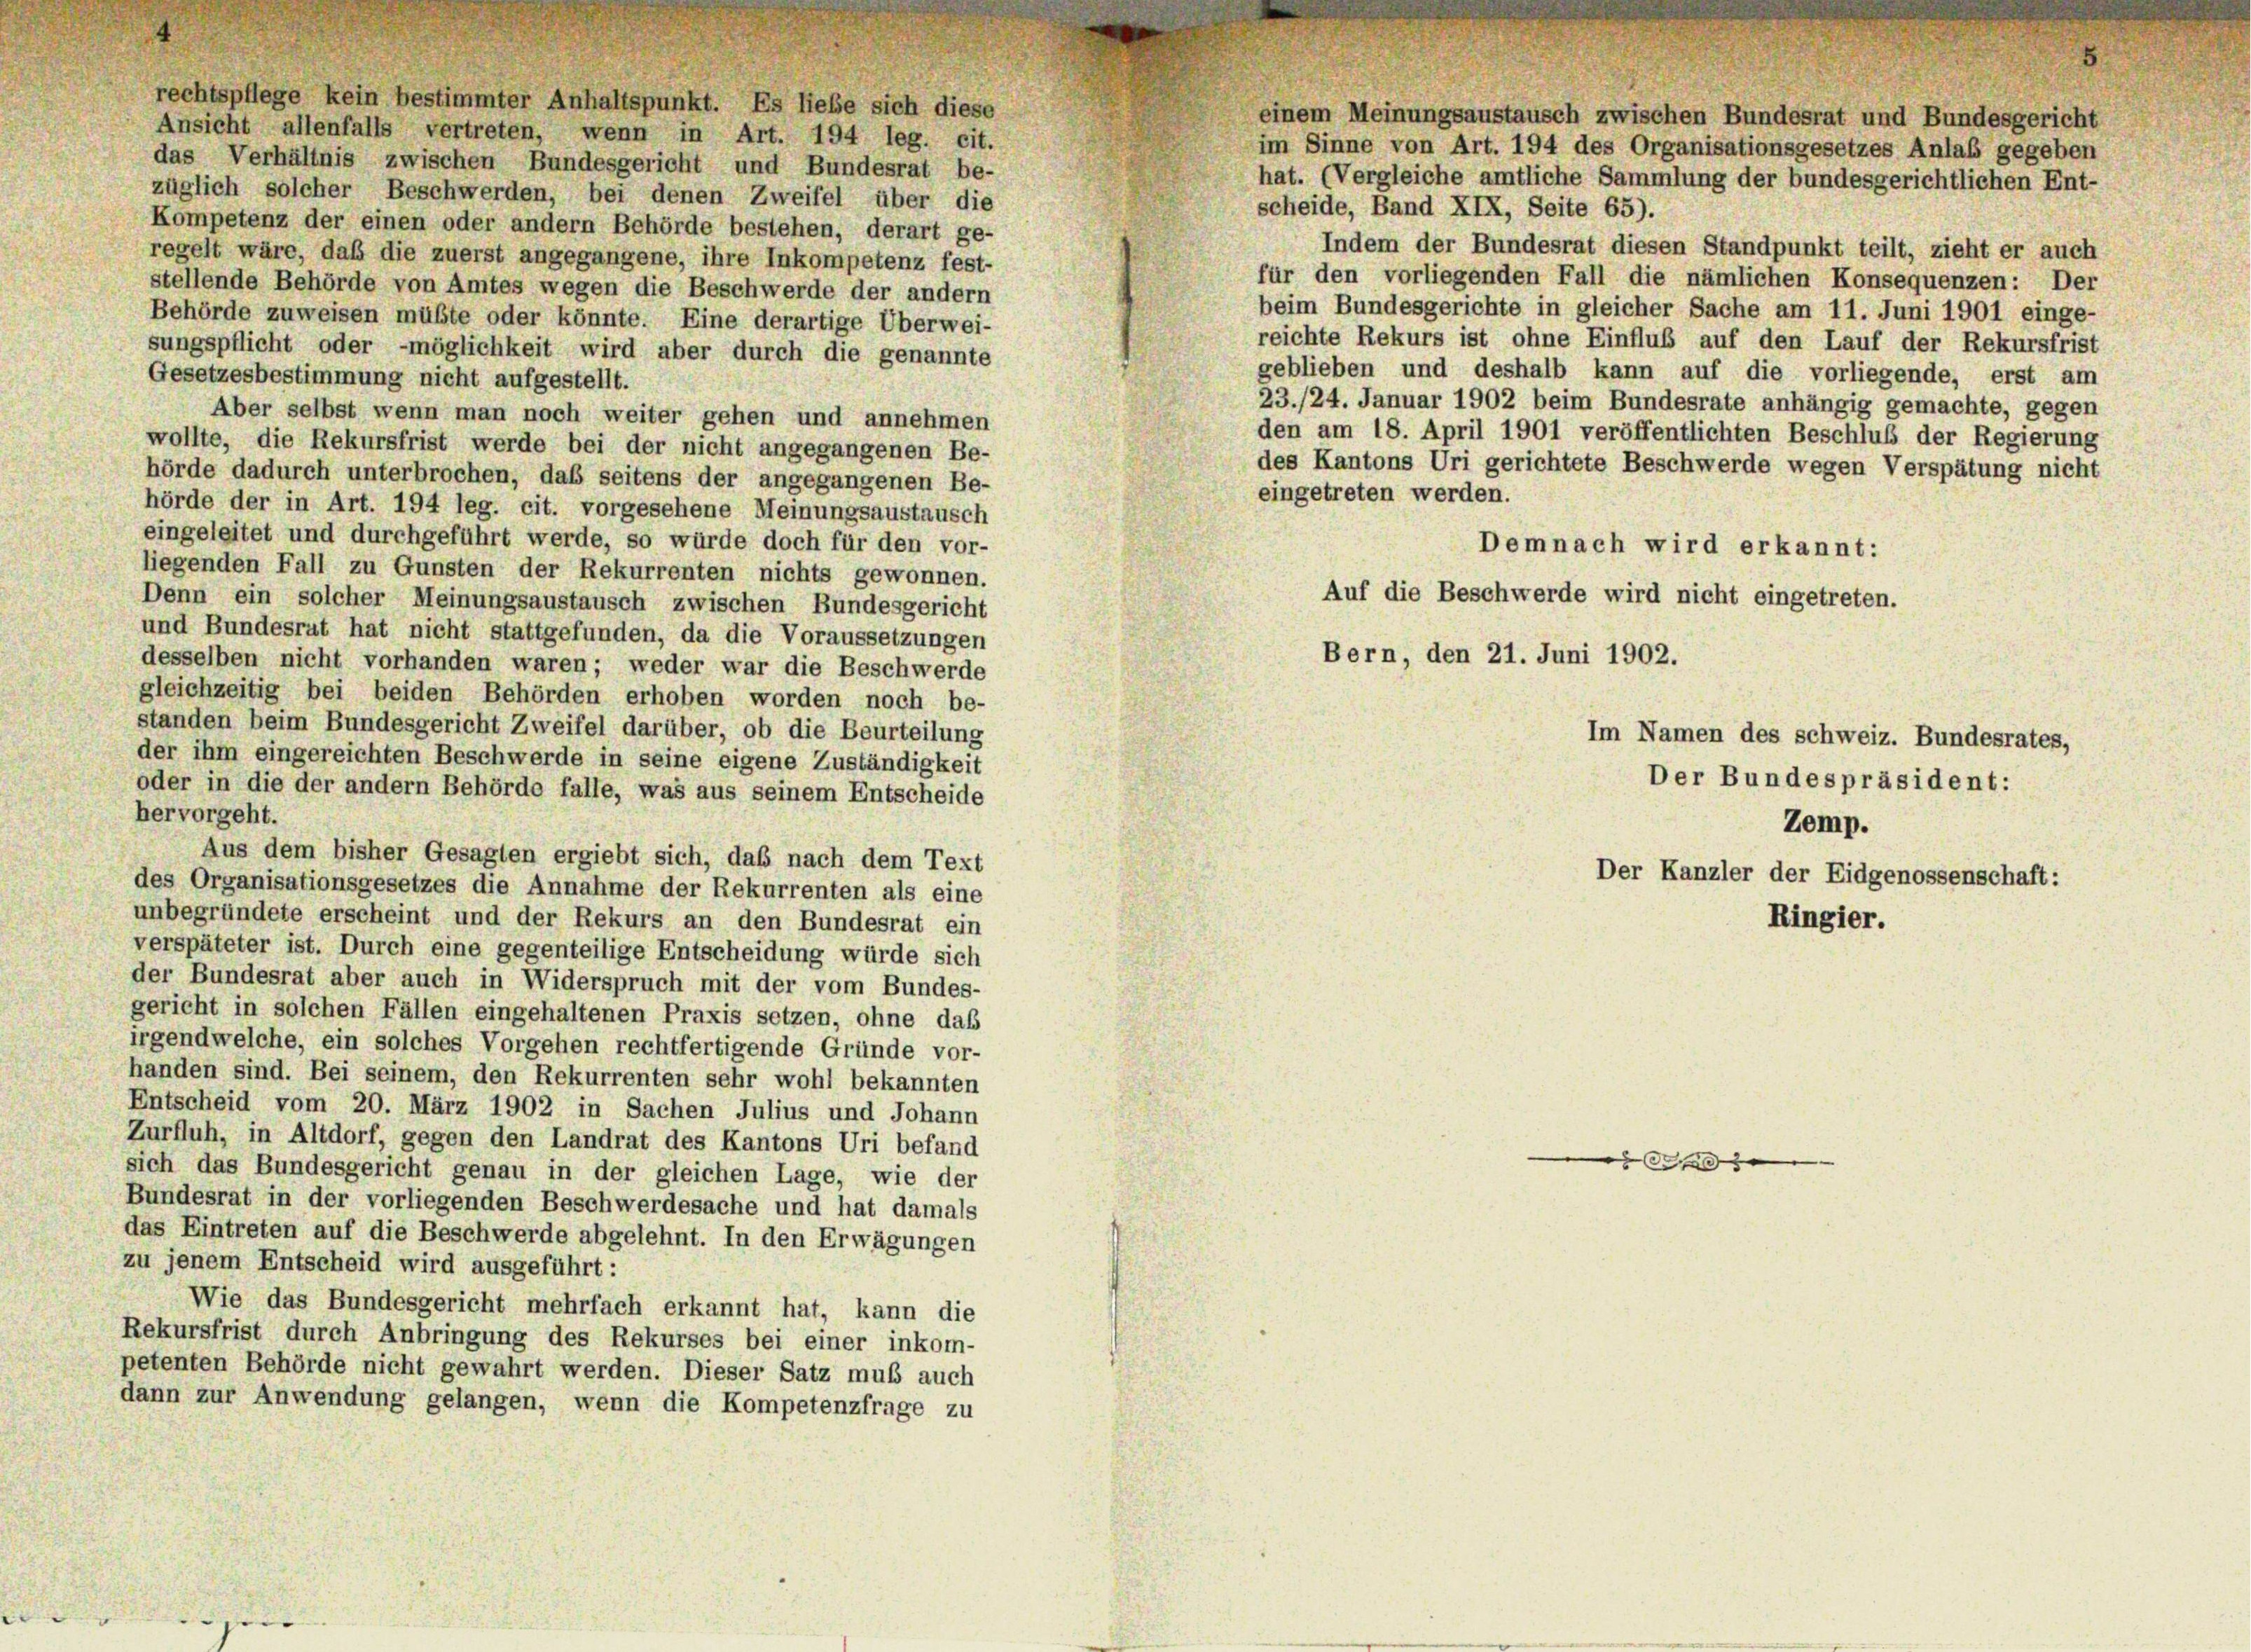
rechtspflege kein bestimmter Anhaltspunkt. Es liebe sich diese
Ansicht allenfalls vertreten, wenn in Art. 194 leg. cit.
das Verhältnis zwischen Bundesgericht und Bundesrat be-
züglich solcher Beschwerden, bei denen Zweifel über die
scheide, Band XIX, Seite 65).
Kompetenz der einen oder andern Behörde bestehen, derart ge-
Indem der Bundesrat diesen Standpunkt teilt, zieht er auch
regelt wäre, daß die zuerst angegangene, ihre Inkompetenz fest-
für den vorliegenden Fall die nämlichen Konsequenzen: Der
stellende Behörde von Amtes wegen die Beschwerde der andern
beim Bundesgerichte in gleicher Sache am 11. Juni 1901 einge-
Behörde zuweisen müßte oder könnte. Eine derartige Überwei-
reichte Rekurs ist ohne Einflub auf den Lauf der Rekursfrist
sungspflicht oder möglichkeit wird aber durch die genannte
geblieben und deshalb kann auf die vorliegende, erst am
Gesetzesbestimmung nicht aufgestellt.
23./24. Januar 1902 beim Bundesrate anhängig gemachte, gegen
Aber selbst wenn man noch weiter gehen und annehmen
den am 18. April 1901 veröffentlichten Beschluß der Regierung
wollte, die Rekursfrist werde bei der nicht angegangenen Be-
des Kantons Uri gerichtete Beschwerde wegen Verspätung nicht
hörde dadurch unterbrochen, daß seitens der angegangenen Be-
eingetreten werden.
hörde der in Art. 194 leg. cit. vorgesehene Meinungsaustausch
eingeleitet und durchgeführt werde, so würde doch für den vor-
Demnach wird erkannt:
liegenden Fall zu Gunsten der Rekurrenten nichts gewonnen.
Auf die Beschwerde wird nicht eingetreten.
Denn ein solcher Meinungsaustausch zwischen Bundesgericht
und Bundesrat hat nicht stattgefunden, da die Voraussetzungen
Bern, den 21. Juni 1902.
desselben nicht vorhanden waren; weder war die Beschwerde
gleichzeitig bei beiden Behörden erhoben worden noch be-
standen beim Bundesgericht Zweifel darüber, ob die Beurteilung
Im Namen des schweiz. Bundesrates,
der ihm eingereichten Beschwerde in seine eigene Zuständigkeit
oder in die der andern Behörde falle, was aus seinem Entscheide
hervorgeht.
Zemp.
Aus dem bisher Gesagten ergiebt sich, daß nach dem Text
Der Kanzler der Eidgenossenschaft:
des Organisationsgesetzes die Annahme der Rekurrenten als eine
unbegründete erscheint und der Rekurs an den Bundesrat ein
Ringier.
verspäteter ist. Durch eine gegenteilige Entscheidung würde sich
der Bundesrat aber auch in Widerspruch mit der vom Bundes-
gericht in solchen Fällen eingehaltenen Praxis setzen, ohne das
irgendwelche, ein solches Vorgehen rechtfertigende Gründe vor-
handen sind. Bei seinem, den Rekurrenten sehr wohl bekannten
Entscheid vom 20. März 1902 in Sachen Julius und Johann
Zurfluh, in Altdorf, gegen den Landrat des Kantons Uri befand
d
sich das Bundesgericht genau in der gleichen Lage, wie der
Bundesrat in der vorliegenden Beschwerdesache und hat damals
das Eintreten auf die Beschwerde abgelehnt. In den Erwägungen
zu jenem Entscheid wird ausgeführt:
Wie das Bundesgericht mehrfach erkannt hat, kann die
Rekursfrist durch Anbringung des Rekurses bei einer inkom-
petenten Behörde nicht gewahrt werden. Dieser Satz muß auch
dann zur Anwendung gelangen, wenn die Kompetenzfrage zu

.

einem Meinungsaustausch zwischen Bundesrat und Bundesgericht
im Sinne von Art. 194 des Organisationsgesetzes Anlaß gegeben
hat. (Vergleiche amtliche Sammlung der bundesgerichtlichen Ent-

Der Bundespräsident: